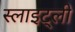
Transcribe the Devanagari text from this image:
स्लाइट्ली